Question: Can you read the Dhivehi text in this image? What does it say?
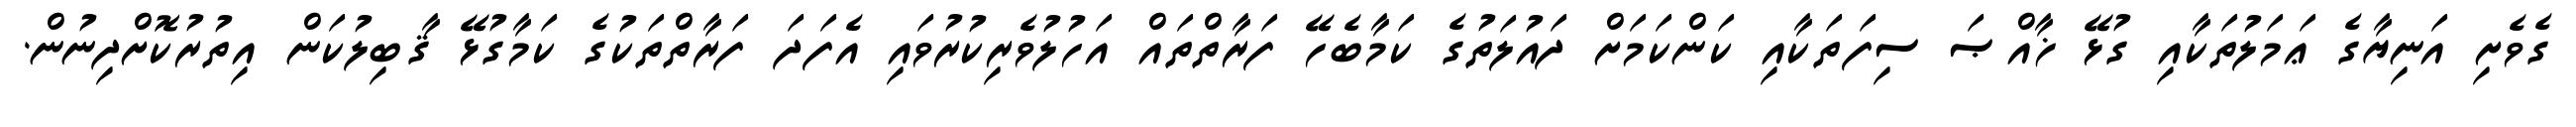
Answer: ގެވެށި އަނިޔާގެ ޢަމަލުތަކާއި ގުޅޭ ޚާއްޞަ ސިފަތަކާއި ކަންކަމަށް ދައުލަތުގެ ކަމާބެހޭ ފަރާތްތައް އަހުލުވެރިކުރުވައި އެފަދަ ފަރާތްތަކުގެ ކަމާގުޅޭ ޤާބިލުކަން އިތުރުކޮށްދިނުން.